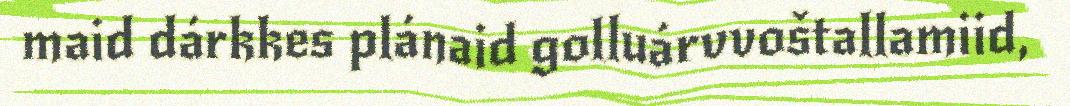
maid dárkkes plánaid golluárvvoštallamiid,